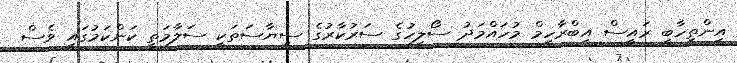
އިންތިހާބީ ރައީސް އިބްރާހީމް މުހައްމަދު ސޯލިހުގެ ސަރުކާރުގެ ސިޔާސަތަކީ ސަލާމަތީ ކަންކަމުގައި ވެސް